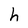
Character: h